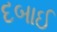
દબાઈ